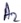
Text: A2